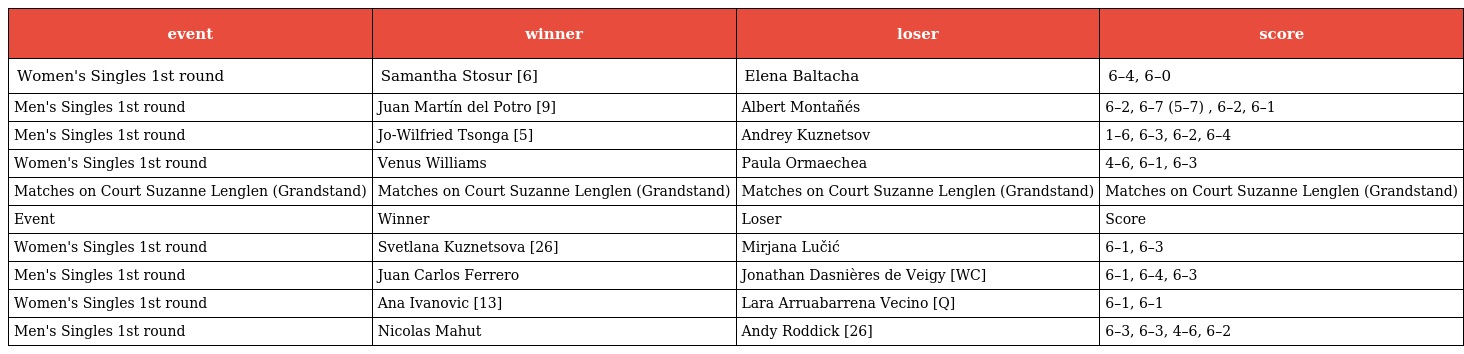
| event | winner | loser | score |
 | --- | --- | --- | --- |
 | Women's Singles 1st round | Samantha Stosur [6] | Elena Baltacha | 6–4, 6–0 |
 | Men's Singles 1st round | Juan Martín del Potro [9] | Albert Montañés | 6–2, 6–7 (5–7) , 6–2, 6–1 |
 | Men's Singles 1st round | Jo-Wilfried Tsonga [5] | Andrey Kuznetsov | 1–6, 6–3, 6–2, 6–4 |
 | Women's Singles 1st round | Venus Williams | Paula Ormaechea | 4–6, 6–1, 6–3 |
 | Matches on Court Suzanne Lenglen (Grandstand) | Matches on Court Suzanne Lenglen (Grandstand) | Matches on Court Suzanne Lenglen (Grandstand) | Matches on Court Suzanne Lenglen (Grandstand) |
 | Event | Winner | Loser | Score |
 | Women's Singles 1st round | Svetlana Kuznetsova [26] | Mirjana Lučić | 6–1, 6–3 |
 | Men's Singles 1st round | Juan Carlos Ferrero | Jonathan Dasnières de Veigy [WC] | 6–1, 6–4, 6–3 |
 | Women's Singles 1st round | Ana Ivanovic [13] | Lara Arruabarrena Vecino [Q] | 6–1, 6–1 |
 | Men's Singles 1st round | Nicolas Mahut | Andy Roddick [26] | 6–3, 6–3, 4–6, 6–2 |